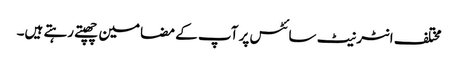
مختلف انٹر نیٹ سائٹس پر آپ کے مضامین چھپتے رہتے ہیں۔